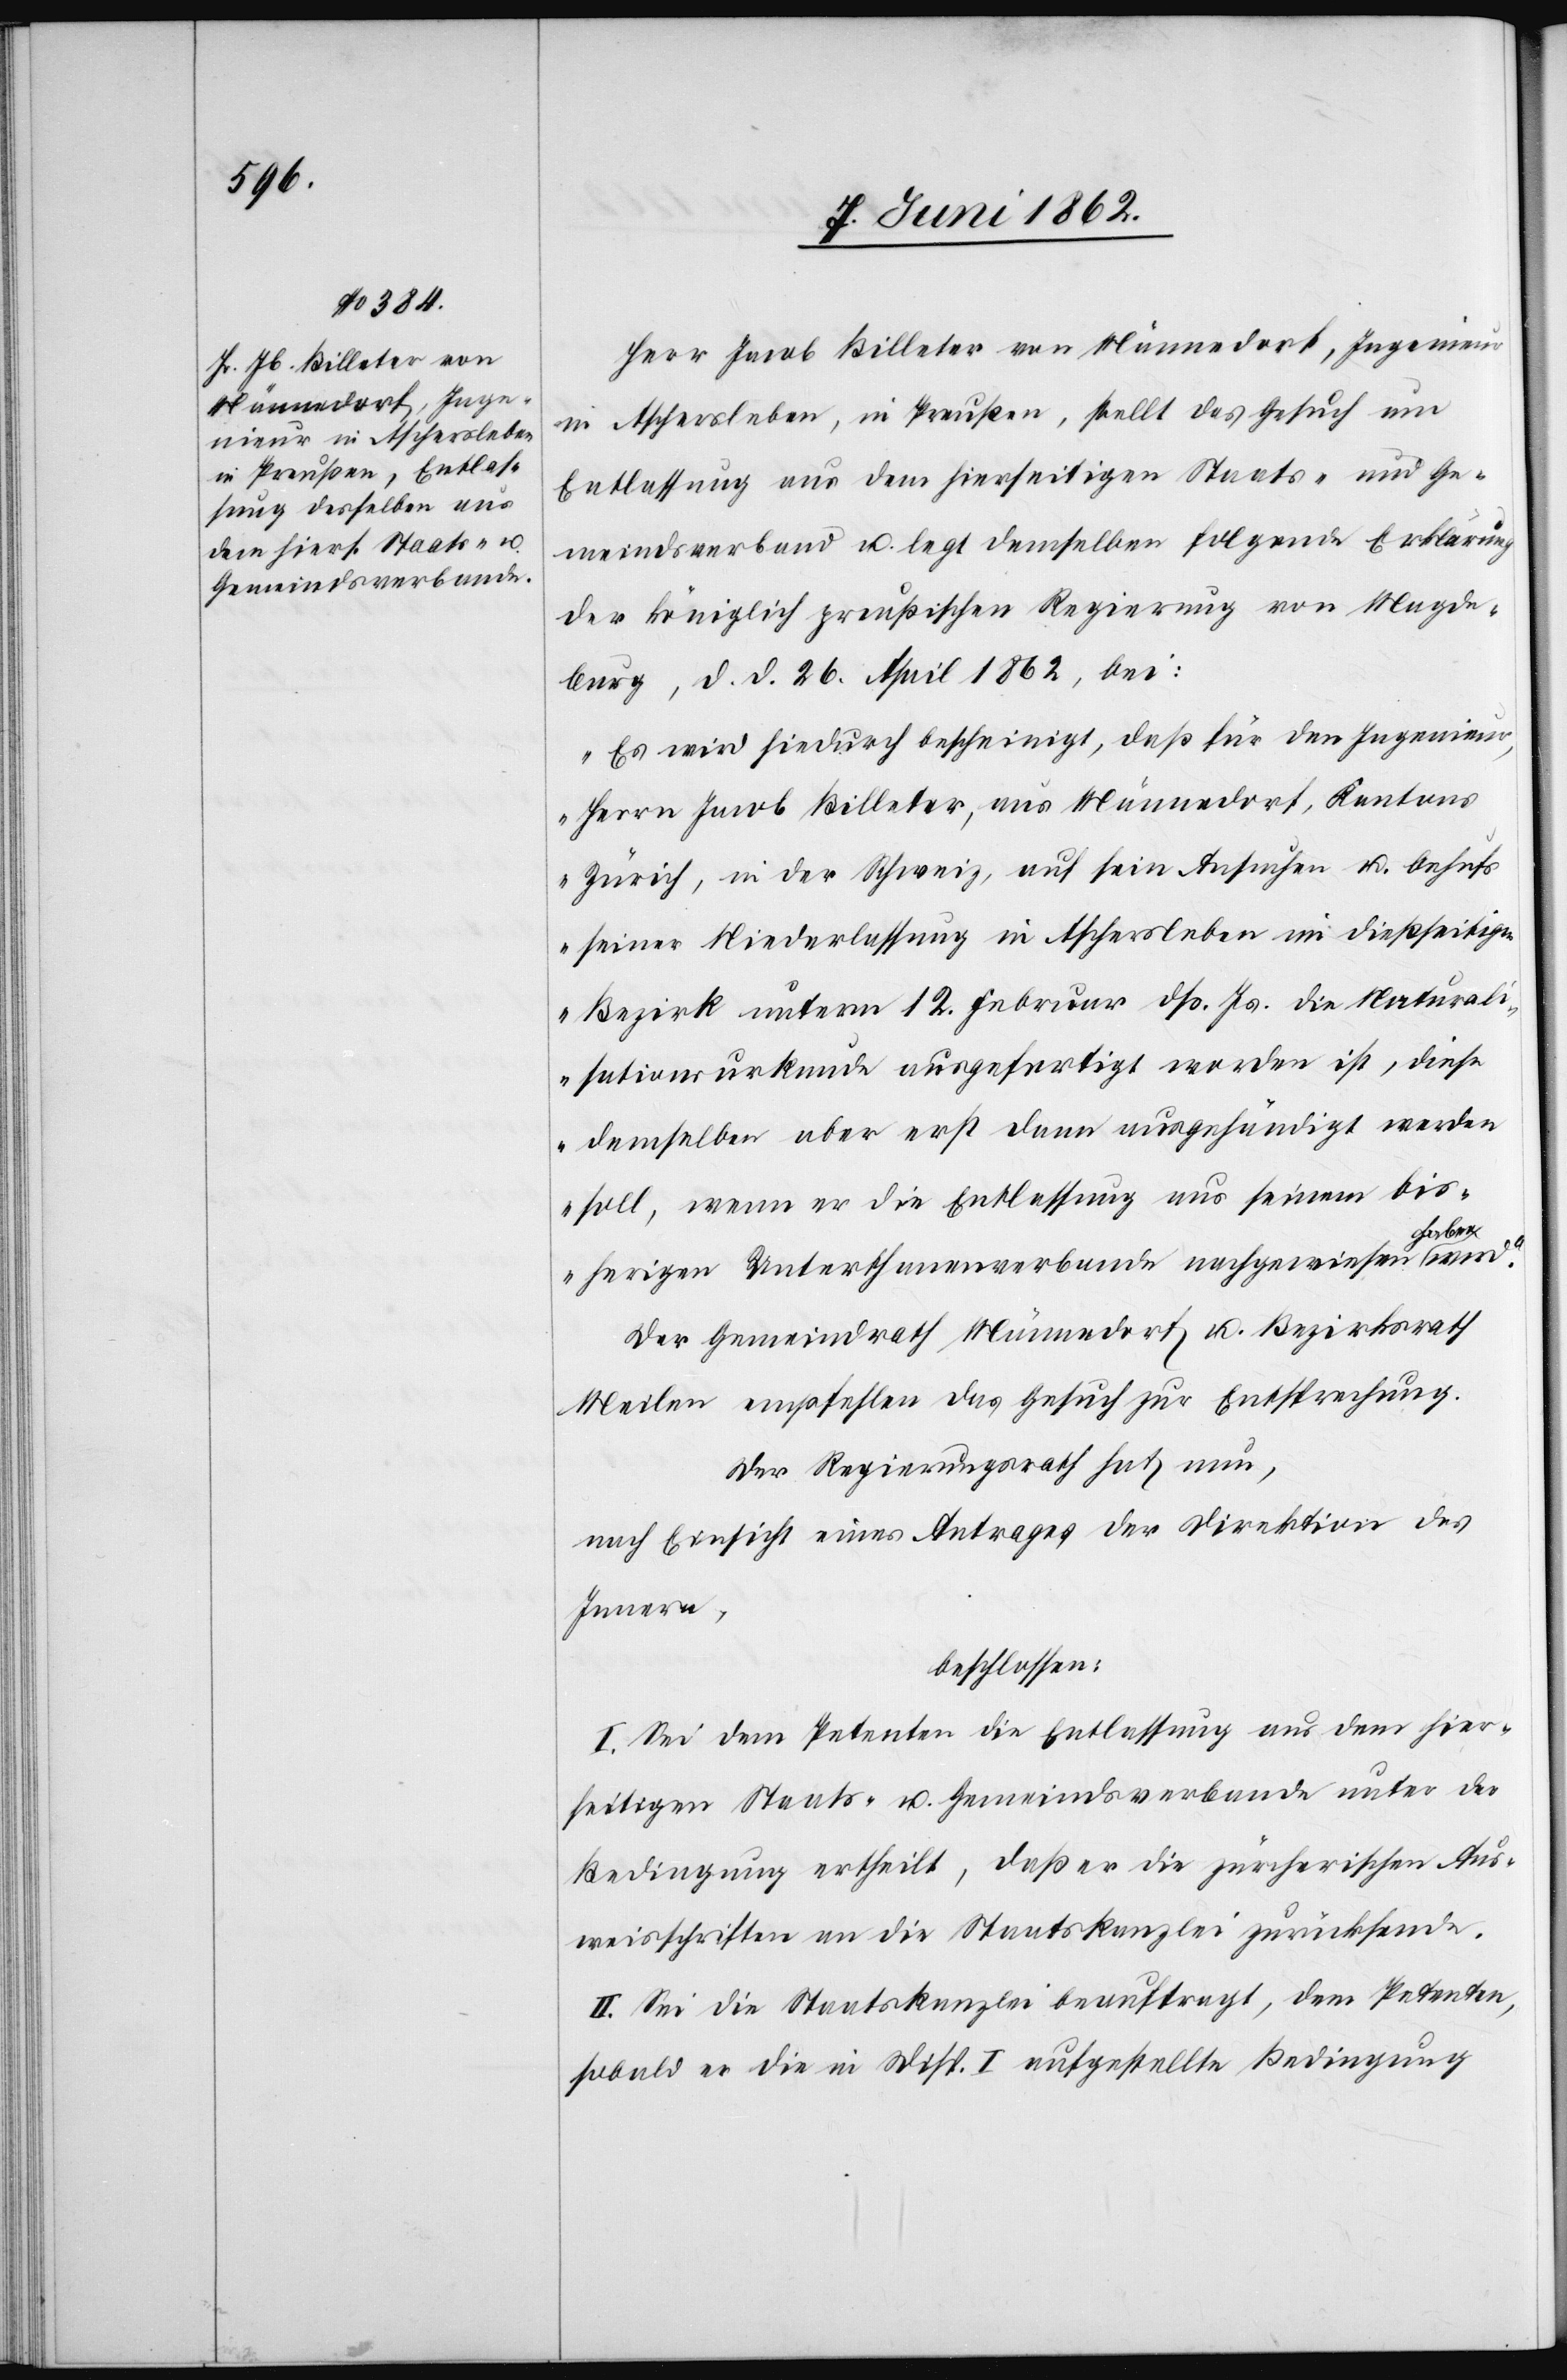
Herr Jacob Billeter von Männedorf, Ingenieur
in Aschersleben, in Preußen, stellt das Gesuch um
Entlassung aus dem hierseitigen Staats- und Ge¬
meindsverband u. legt demselben folgende Erklärung
der königlich preußischen Regierung von Magde¬
burg, d. d. 26. April 1862, bei:
„Es wird hiedurch bescheinigt, daß für den Ingenieur,
Herrn Jacob Billeter, aus Männedorf, Kantons
Zürich, in der Schweiz, auf sein Ansuchen u. behufs
seiner Niederlassung in Aschersleben im dießseitigen
Bezirk unterm 12. Februar dß. Js. die Naturali¬
sationsurkunde ausgefertigt worden ist, diese
demselben aber erst dann ausgehändigt werden
soll, wenn er die Entlassung aus seinem bis¬
herigen Unterthanenverband nachgewiesen haben
Der Gemeindrath Männedorf u. Bezirksrath
Meilen empfehlen das Gesuch zur Entsprechung.
Der Regierungsrath hat nun,
nach Einsicht eines Antrages der Direktion des
Innern,
beschlossen:
I. Sei dem Petenten die Entlassung aus dem hier¬
seitigen Staats- u. Gemeindsverbande unter der
Bedingung ertheilt, daß er die zürcherischen Aus¬
weisschriften an die Staatskanzlei zurücksende.
II. Sei die Staatskanzlei beauftragt, dem Petenten,
sobald er die in Disp. I. aufgestellte Bedingung